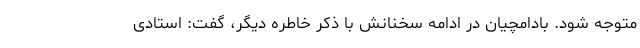
متوجه شود. بادامچیان در ادامه سخنانش با ذکر خاطره دیگر، گفت: استادی